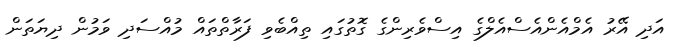
އަދި އޭރު އެމްއެންއެސްއެލްގެ އިސްވެރިންގެ ގޮތުގައި ތިއްބެވި ފަރާތްތައް މުއްސަދި ވަމުން ދިޔަތަން